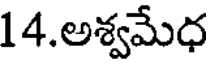
14.అశ్వమేధ